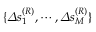
\{ \varDelta s _ { 1 } ^ { ( R ) } , \cdots , \varDelta s _ { M } ^ { ( R ) } \}